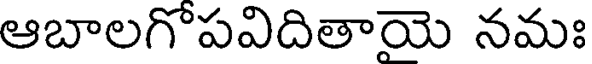
ఆబాలగొపవిదితాయె నమః